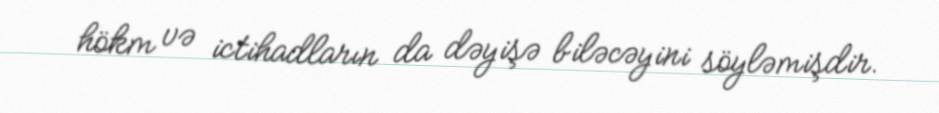
hökm və ictihadların da dəyişə biləcəyini söyləmişdir.